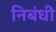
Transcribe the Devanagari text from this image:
निबंधी